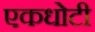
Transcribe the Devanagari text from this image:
एकधोटी